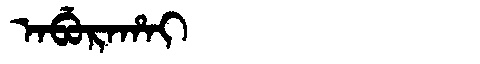
Manchu: ᠠᠪᡠᡵᠠᡥᠠᡳ
Romanization: ABURAHAI